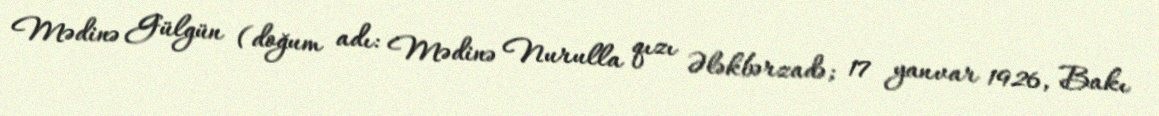
Mədinə Gülgün (doğum adı: Mədinə Nurulla qızı Ələkbərzadə; 17 yanvar 1926, Bakı